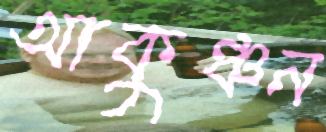
আকুঞ্চন